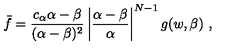
\bar { f } = \frac { c _ { \alpha } \alpha - \beta } { ( \alpha - \beta ) ^ { 2 } } \left| \frac { \alpha - \beta } { \alpha } \right| ^ { N - 1 } g ( w , \beta ) \ ,